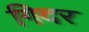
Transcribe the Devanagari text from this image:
गिदर